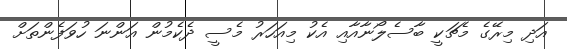
އަދި މިރޭގެ މެޗަކީ ބާސެލޯނާއާއި އެކު މިއަހަރު މެސީ ދެކެމުން އަންނަ ހުވަފެންތަށް